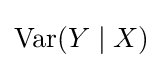
\operatorname {Var} (Y\mid X)